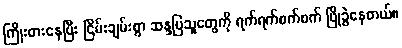
ကြိုးစားနေပြီး ငြိမ်းချမ်းစွာ ဆန္ဒပြသူတွေကို ရက်ရက်စက်စက် ဖြိုခွဲနေတယ်။